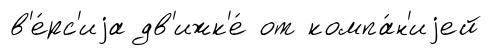
в'е́рс'иjа дв'ижк'е́ от компа́н'иjей